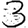
Digit: 3